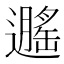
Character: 𬩡